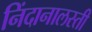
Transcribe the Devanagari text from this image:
निंदानालस्ती